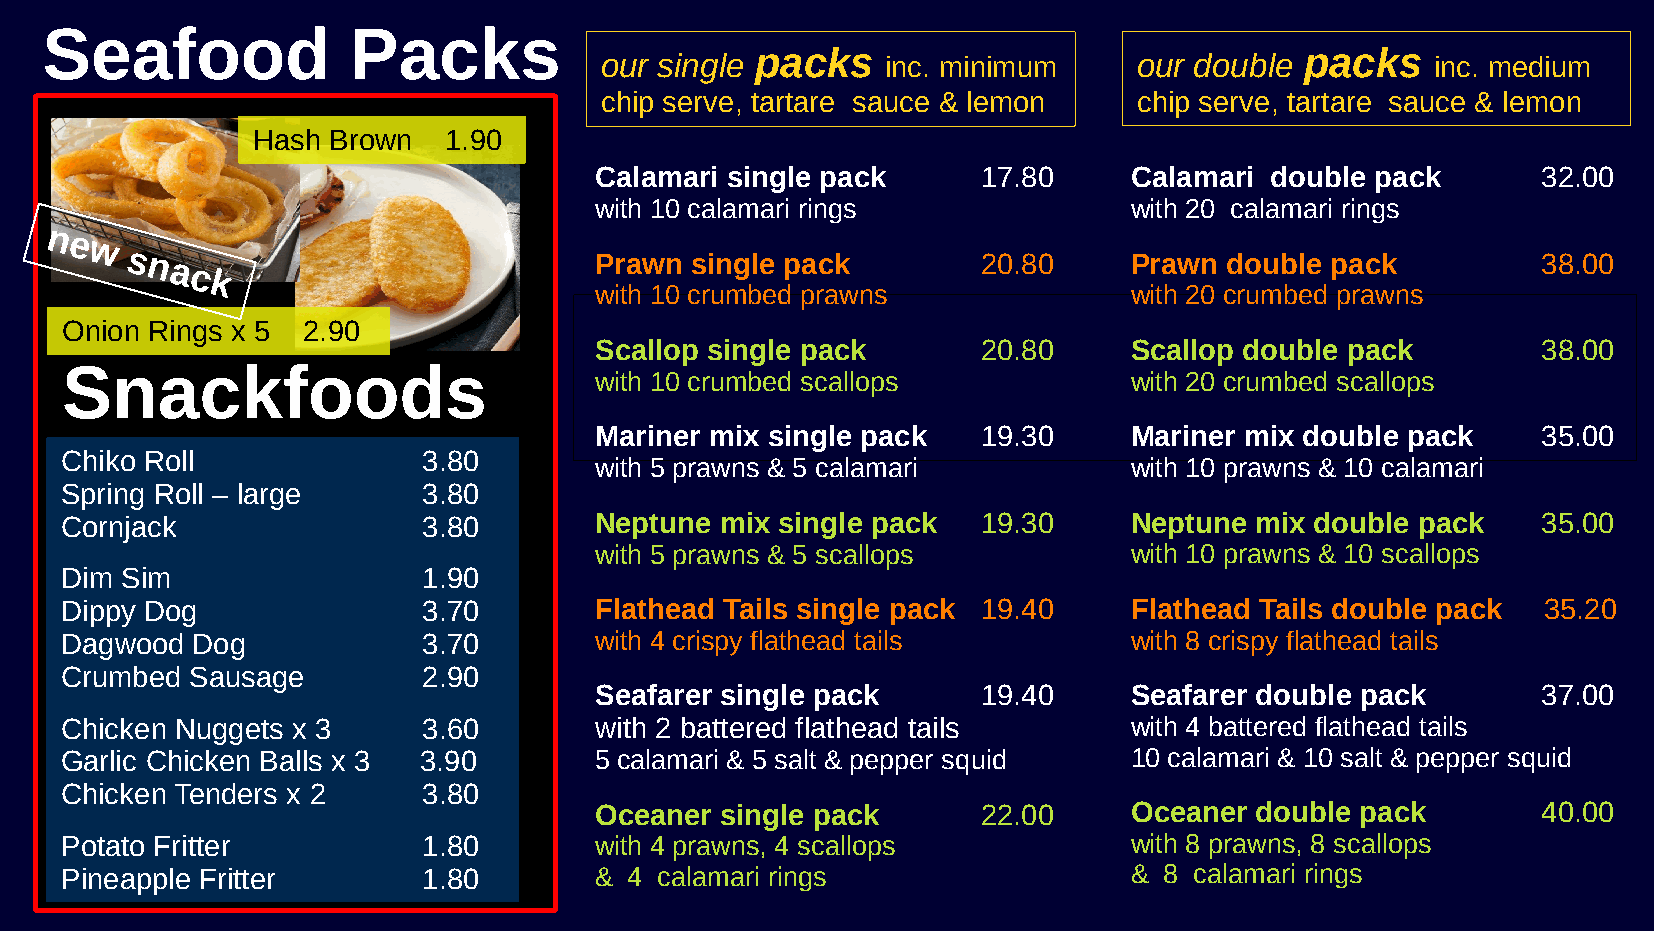
Seafood             Packs
 packs                               packs
 our single         inc. minimum    our double          inc. medium
 chip serve, tartare sauce & lemon  chip serve, tartare sauce & lemon
 Hash Brown  1.90
 Calamari single pack      17.80     Calamari double pack       32.00
 with 10 calamari rings              with 20 calamari rings
 ne
 w
 snack                          Prawn  single pack        20.80     Prawn double pack          38.00
 with 10 crumbed prawns              with 20 crumbed prawns
 Onion Rings x 5 2.90
 Scallop single pack       20.80     Scallop double pack        38.00
 Snackfoods
 with 10 crumbed scallops            with 20 crumbed scallops
 Mariner mix single pack   19.30     Mariner mix double pack    35.00
 Chiko Roll              3.80
 with 5 prawns & 5 calamari          with 10 prawns & 10 calamari
 Spring Roll – large     3.80
 Cornjack                3.80       Neptune  mix single pack  19.30     Neptune mix double pack    35.00
 with 5 prawns & 5 scallops          with 10 prawns & 10 scallops
 Dim Sim                 1.90
 Dippy Dog               3.70       Flathead Tails single pack 19.40    Flathead Tails double pack 35.20
 Dagwood  Dog            3.70       with 4 crispy flathead tails        with 8 crispy flathead tails
 Crumbed  Sausage        2.90
 Seafarer single pack      19.40     Seafarer double pack       37.00
 Chicken Nuggets x 3     3.60       with 2 battered flathead tails      with 4 battered flathead tails
 Garlic Chicken Balls x 3 3.90      5 calamari & 5 salt & pepper squid  10 calamari & 10 salt & pepper squid
 Chicken Tenders x 2     3.80
 Oceaner  single pack      22.00     Oceaner double pack        40.00
 Potato Fritter          1.80       with 4 prawns, 4 scallops           with 8 prawns, 8 scallops
 Pineapple Fritter       1.80       &  4 calamari rings                 & 8 calamari rings